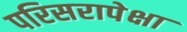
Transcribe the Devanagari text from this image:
परिसरापेक्षा